Insane asylums Bombay 1873-77 - 1873-1877
Year: 1873
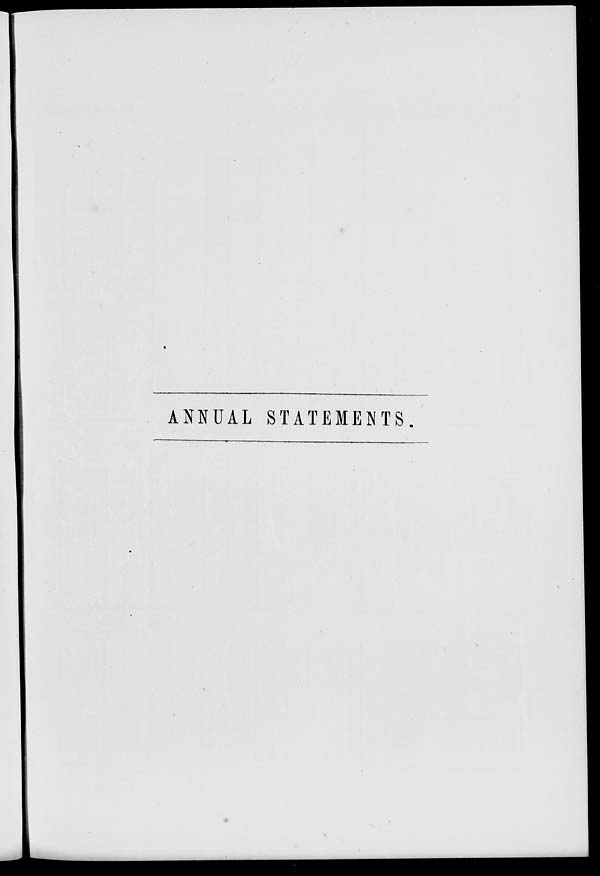
ANNUAL STATEMENTS.